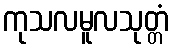
ကုသလမူလသုတ္တံ